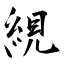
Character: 絸